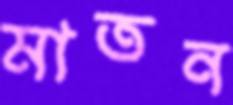
মাতন